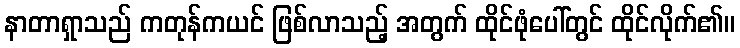
နာတာရှာသည် ကတုန်ကယင် ဖြစ်လာသည့် အတွက် ထိုင်ဖုံပေါ်တွင် ထိုင်လိုက်၏။